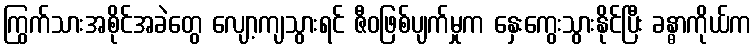
ကြွက်သားအစိုင်အခဲတွေ လျော့ကျသွားရင် ဇီဝဖြစ်ပျက်မှုက နှေးကွေးသွားနိုင်ပြီး ခန္ဓာကိုယ်က